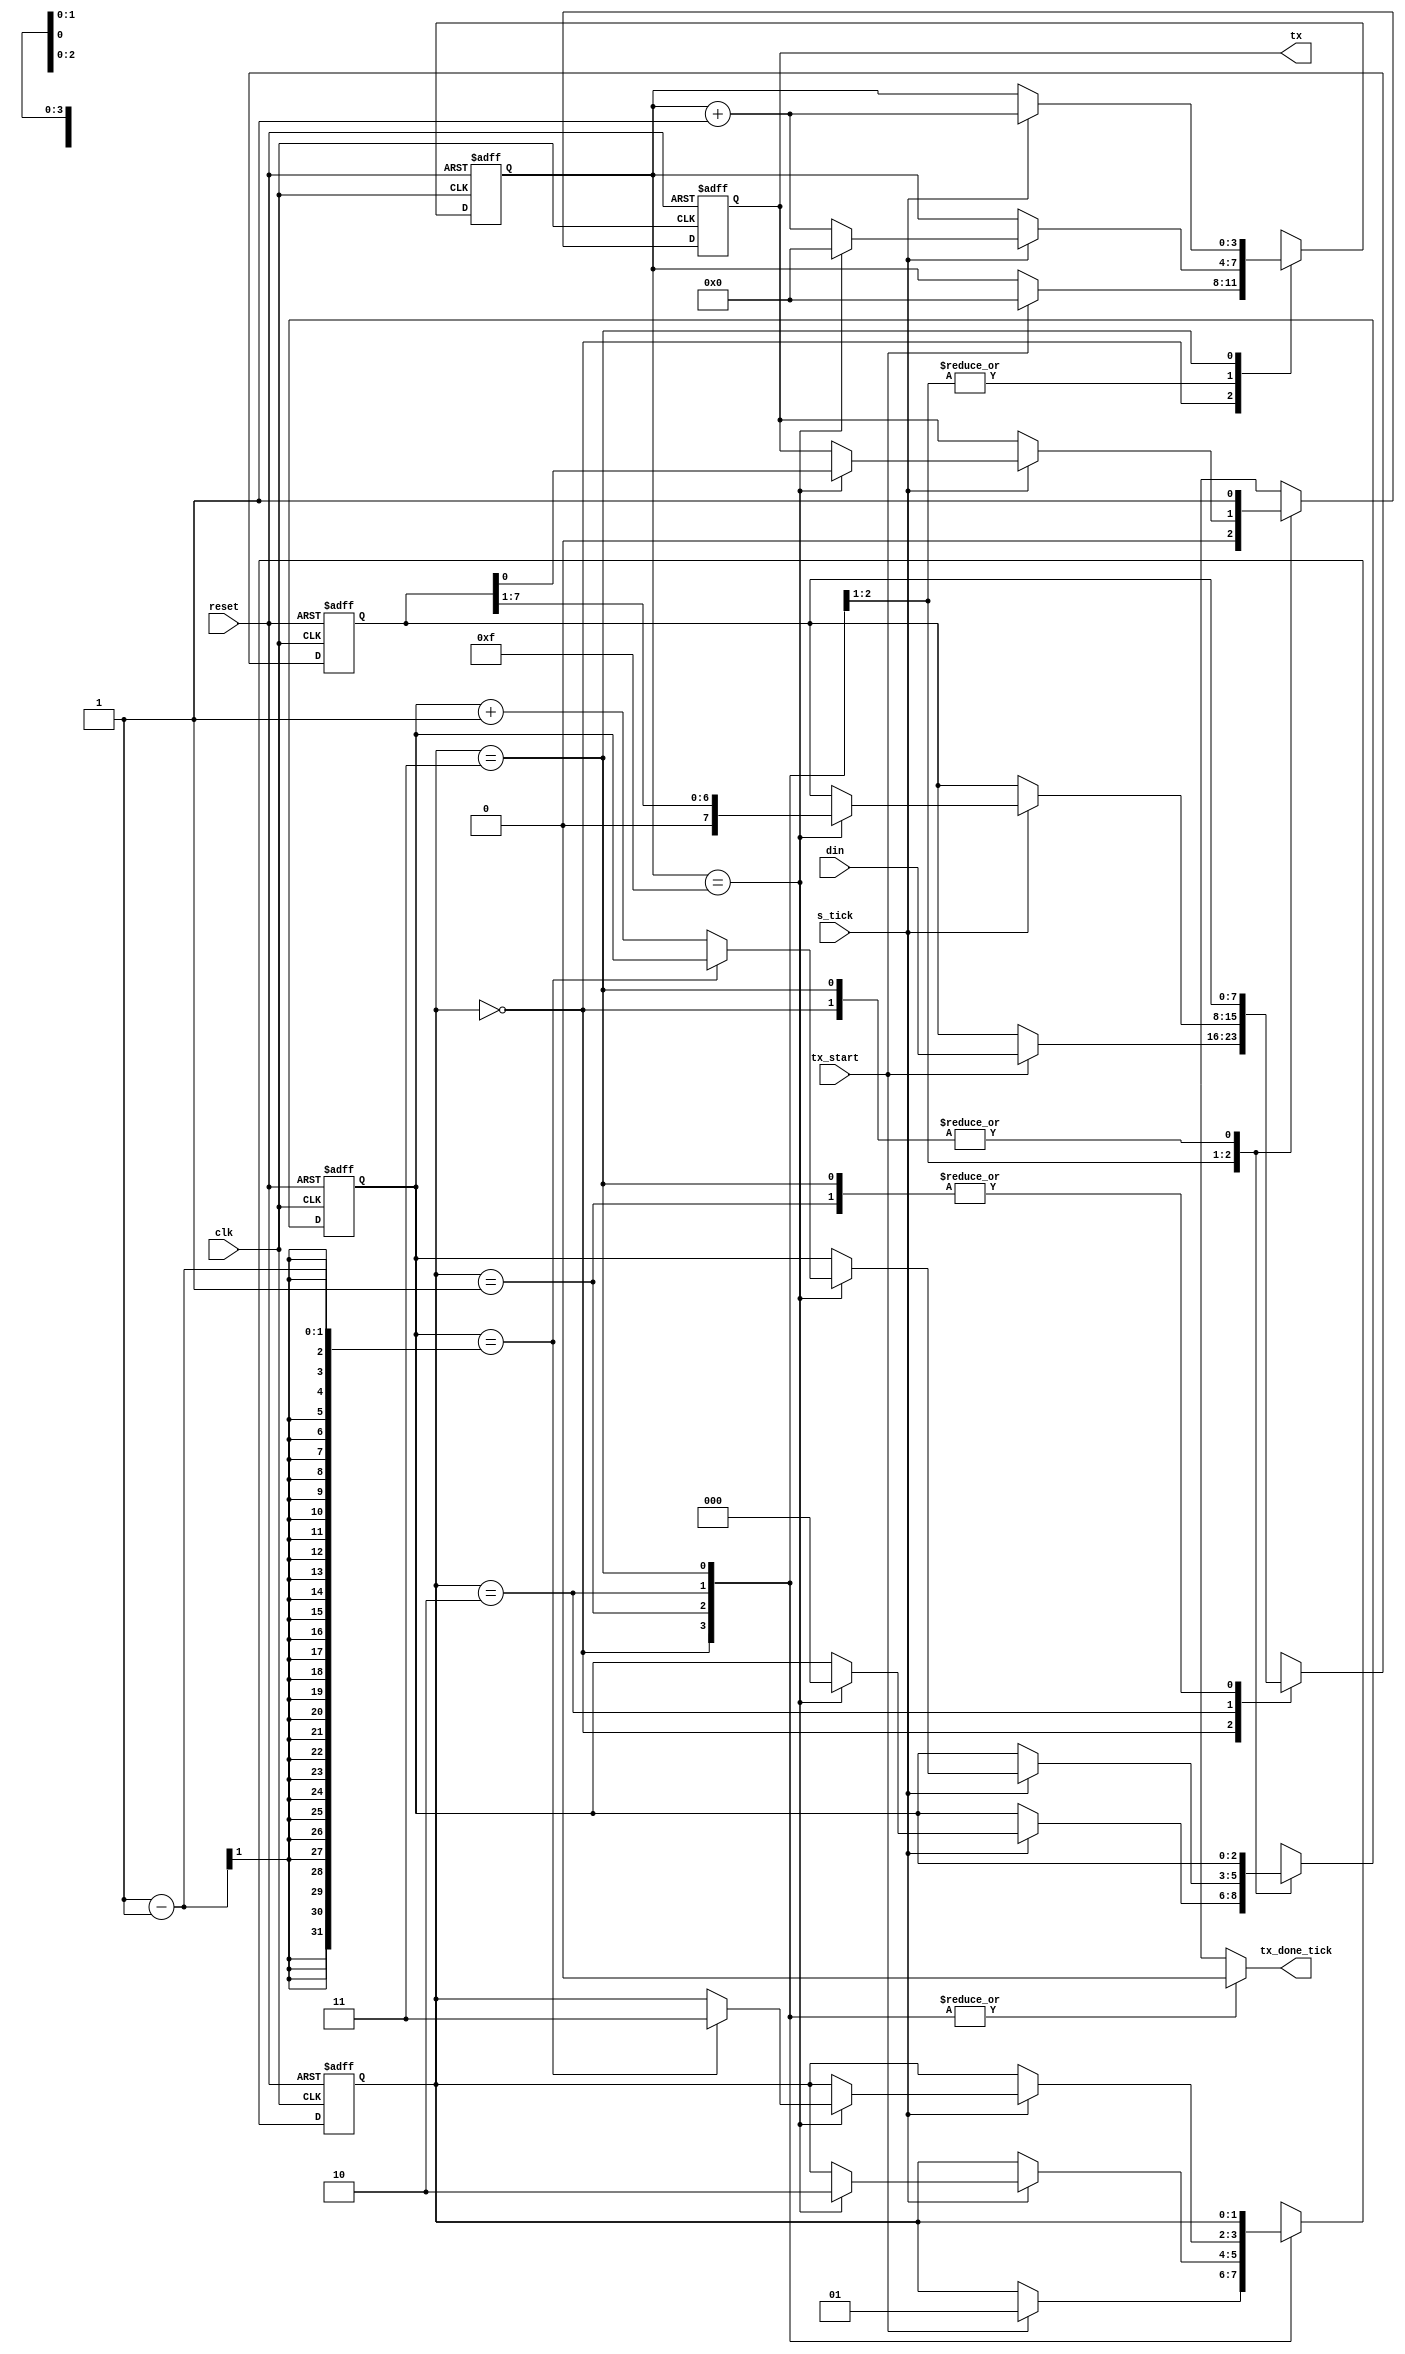
module uart_tx
#(
    parameter DBIT = 8,
              SB_TICK = 16
 )
// IO ports
(
    input wire clk, reset,
    input wire tx_start, s_tick,
    input wire [7:0] din,
    output reg tx_done_tick,
    output wire tx
);

// symbolic state representation
localparam  [1:0]
            IDLE  = 2'b00,
            START = 2'b01,
            DATA  = 2'b10,
            STOP  = 2'b11;

// internal signal declaration
reg [1:0] state_reg, state_next;
reg [3:0] s_reg, s_next;            // log base 2 (16)
reg [2:0] n_reg, n_next;            // log base 2 (D_BIT)
reg [7:0] b_reg, b_next;            // D_BIT
reg tx_reg, tx_next; 

// body
// FSMD state and data registers
always @(posedge clk, posedge reset) 
begin
    if(reset)
        begin
            state_reg <= IDLE;
            s_reg <= 0;
            n_reg <= 0;
            b_reg <= 0;
            tx_reg <= 1'b1;
        end 
    else
        begin
            state_reg <= state_next;
            s_reg <= s_next;
            n_reg <= n_next;
            b_reg <= b_next;
            tx_reg <= tx_next;
        end
end

// FSMD next-state logic
always @*
begin
    // default values
    state_next = state_reg;
    s_next = s_reg;
    n_next = n_reg;
    b_next = b_reg;
    tx_done_tick = 1'b0;
    tx_next = tx_reg;

    case (state_reg)

        IDLE:
            begin
               tx_next = 1'b1;         // IDLE signal to receiver
                if(tx_start)
                    begin
                        b_next = din;
                        s_next = 0;
                        state_next = START; 
                    end 
            end
        
        START:
            begin
               tx_next = 1'b0;         // START bit to receiver
                if(s_tick)
                    begin
                        if(s_reg == 15)
                            begin
                                s_next = 0;
                                n_next = 0;
                                state_next = DATA;
                            end
                        else
                            s_next = s_reg + 1;
                    end 
            end

        DATA:
            begin
                if(s_tick)
                    begin
                        if(s_reg == 15)
                            begin
                                tx_next = b_reg[0];     // DATA bits to receiver
                                s_next = 0;
                                b_next = b_reg >> 1;
                                if(n_reg == (D_BIT -1))
                                    state_next = STOP;
                                else
                                    n_next = n_reg + 1;
                            end
                        else
                            s_next = s_reg + 1;
                    end
            end
        
        STOP:
            begin
                tx_next = 1'b1;     // single STOP bit to receiver
                if(s_tick)
                    begin
                        if(s_tick == (SB_TICK-1))
                            begin
                            tx_done_tick = 1'b1;
                            state_next = IDLE; 
                            end
                        else
                            s_next = s_reg + 1;
                    end
            end
        
        default: state_next = IDLE;

    endcase
end

// output logic
assign tx = tx_reg;

endmodule